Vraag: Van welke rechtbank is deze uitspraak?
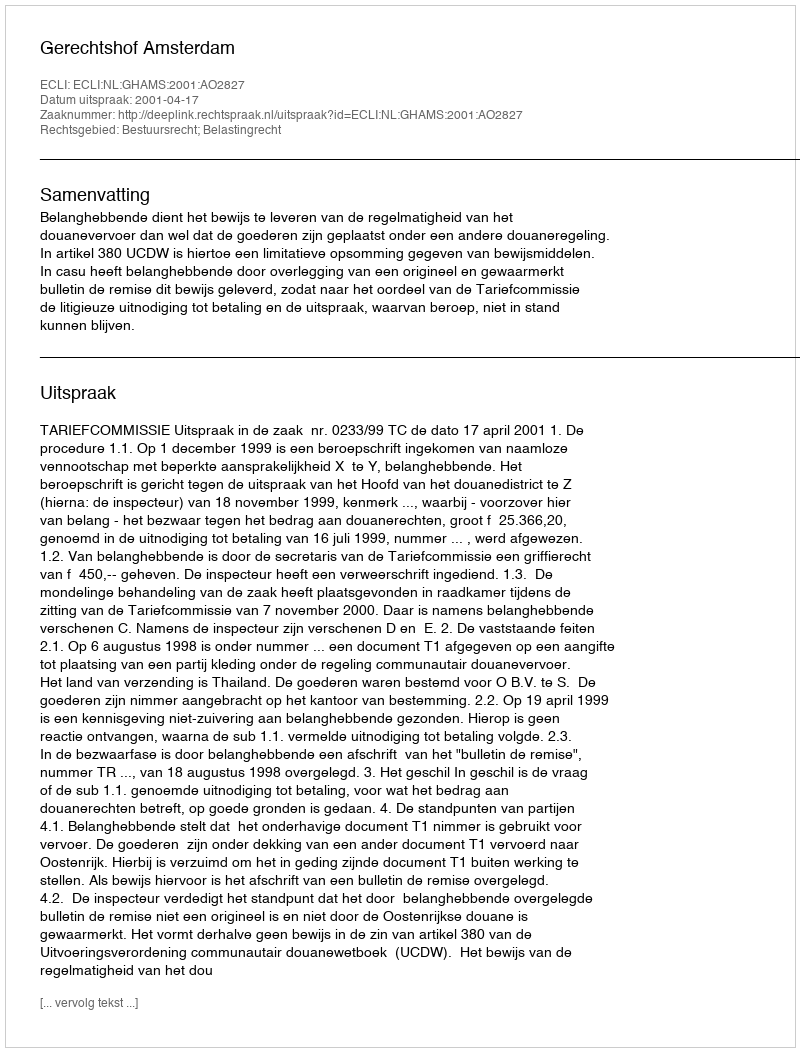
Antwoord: Gerechtshof Amsterdam